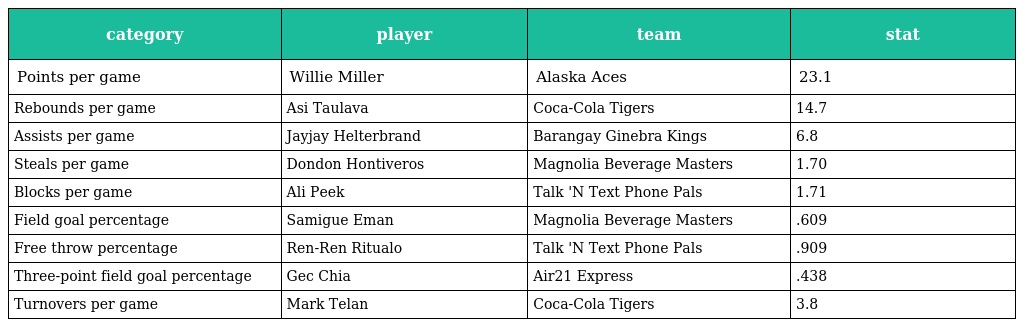
| category | player | team | stat |
 | --- | --- | --- | --- |
 | Points per game | Willie Miller | Alaska Aces | 23.1 |
 | Rebounds per game | Asi Taulava | Coca-Cola Tigers | 14.7 |
 | Assists per game | Jayjay Helterbrand | Barangay Ginebra Kings | 6.8 |
 | Steals per game | Dondon Hontiveros | Magnolia Beverage Masters | 1.70 |
 | Blocks per game | Ali Peek | Talk 'N Text Phone Pals | 1.71 |
 | Field goal percentage | Samigue Eman | Magnolia Beverage Masters | .609 |
 | Free throw percentage | Ren-Ren Ritualo | Talk 'N Text Phone Pals | .909 |
 | Three-point field goal percentage | Gec Chia | Air21 Express | .438 |
 | Turnovers per game | Mark Telan | Coca-Cola Tigers | 3.8 |